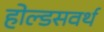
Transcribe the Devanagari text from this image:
होल्डसवर्थ